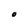
Character: O